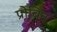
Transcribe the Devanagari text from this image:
प्रोबिन